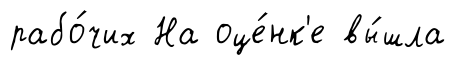
рабо́чих На оце́нк'е вы́шла